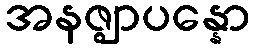
အနဇ္ဈာပန္နော